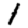
Digit: 1